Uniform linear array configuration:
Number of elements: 48
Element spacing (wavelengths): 0.5
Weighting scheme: binomial
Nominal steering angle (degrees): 45
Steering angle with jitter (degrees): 46.577
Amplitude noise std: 0.05
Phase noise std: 0.05

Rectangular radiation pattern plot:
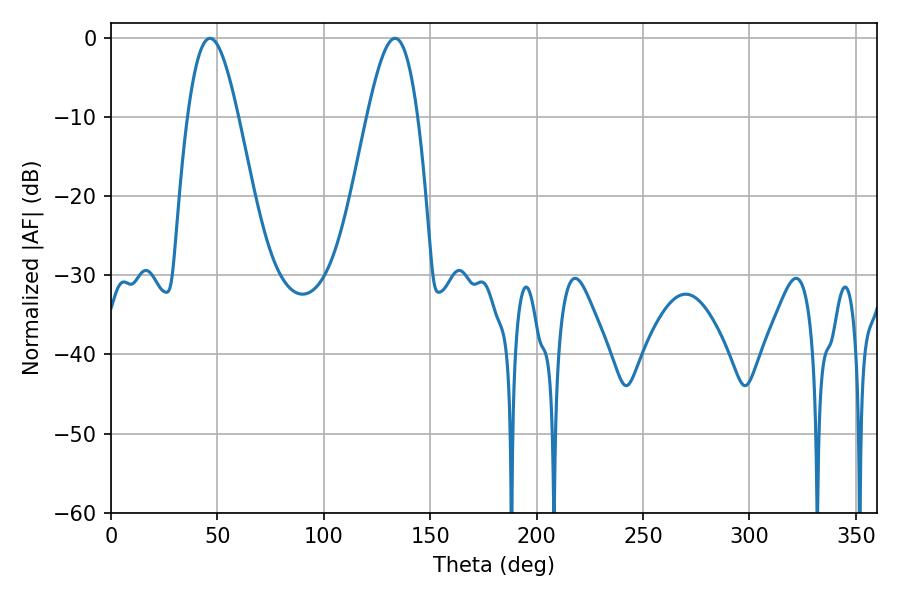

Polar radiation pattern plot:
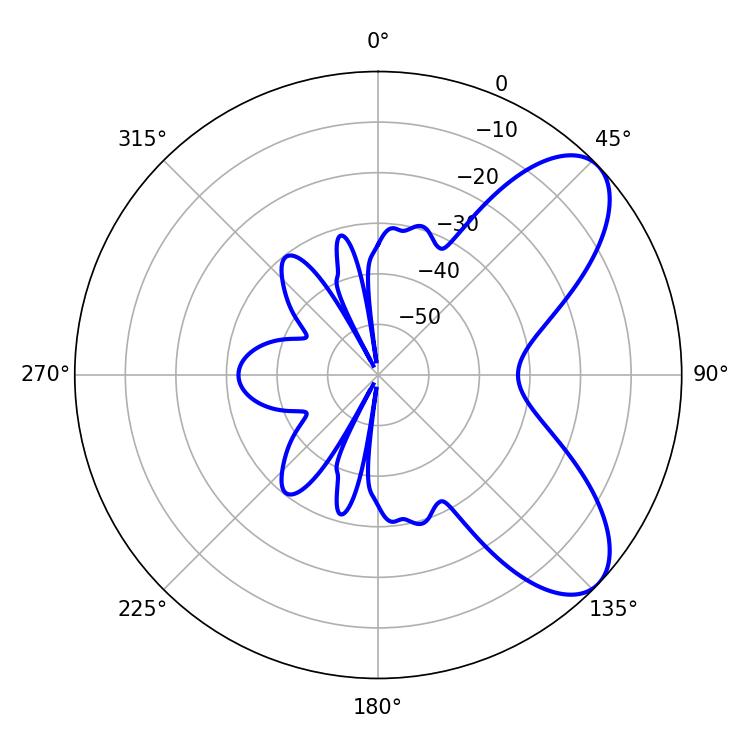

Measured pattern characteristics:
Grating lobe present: FALSE
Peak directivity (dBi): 7.477
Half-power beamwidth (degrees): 12.78
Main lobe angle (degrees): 46.44